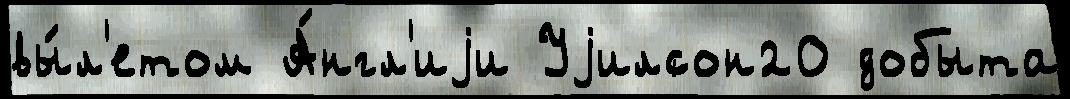
вы́л'етом А́нгл'иjи Уjилсон20 добыта